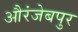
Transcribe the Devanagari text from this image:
औरंजेबपुर